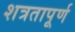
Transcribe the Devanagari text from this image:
शत्रतापूर्ण